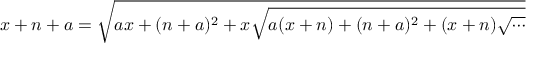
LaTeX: x + n + a = { \sqrt { a x + ( n + a ) ^ { 2 } + x { \sqrt { a ( x + n ) + ( n + a ) ^ { 2 } + ( x + n ) { \sqrt { \cdots } } } } } }